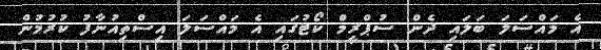
އެ މައްސަލަ ބަލައި ދެން ސުޕްރީމް ކޯޓުގައި އެ މައްސަލަ އިސްތިއުނާފު ކުރުމުން